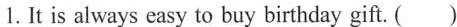
1.It is always easy to buy birthday gift. ( )